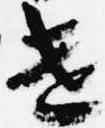
遣